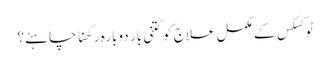
ٹوکسکس کے مکمل علاج کو کتنی بار دوبارہ رکھنا چاہئے؟